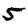
Digit: 5